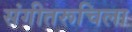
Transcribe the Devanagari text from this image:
संगीतरूचिला